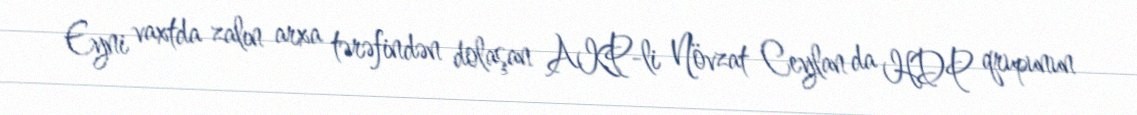
Eyni vaxtda zalın arxa tərəfindən dolaşan AKP-li Növzat Ceylan da HDP qrupunun